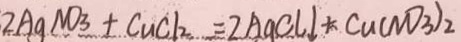
2 A g N O _ { 3 } + C u C l _ { 2 } = 2 A g C l \downarrow + C u ( N O _ { 3 } ) _ { 2 }